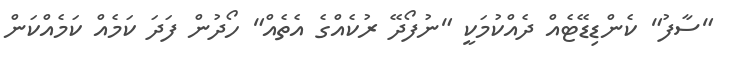
"ސާފު" ކެންޑިޑޭޓެއް ދެއްކުމަކީ "ނުފޯދޭ ރުކެއްގެ އެތެއް" ހޯދުން ފަދަ ކަމެއް ކަމެއްކަން